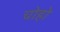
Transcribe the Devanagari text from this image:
चोहो